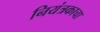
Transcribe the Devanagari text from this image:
नियंत्रकाचा